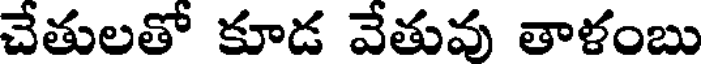
చేతులతో కూడ వేతువు తాళంబు